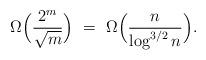
LaTeX: \begin{align*}\Omega\Big(\frac{2^m}{\sqrt m}\Big) \ =\ \Omega\Big(\frac{n}{\log^{3/2} n}\Big).\end{align*}